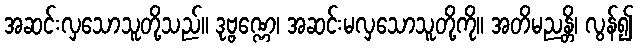
အဆင်းလှသောသူတို့သည်။ ဒုဗ္ဗဏ္ဏေ၊ အဆင်းမလှသောသူတို့ကို။ အတိမညန္တိ၊ လွန်၍